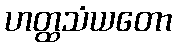
ဟတ္ထသံယတော